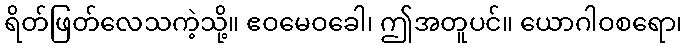
ရိတ်ဖြတ်လေသကဲ့သို့။ ဧဝမေဝခေါ၊ ဤအတူပင်။ ယောဂါဝစရော၊